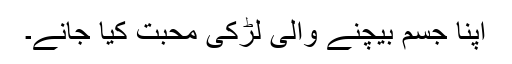
اپنا جسم بیچنے والی لڑکی محبت کیا جانے۔